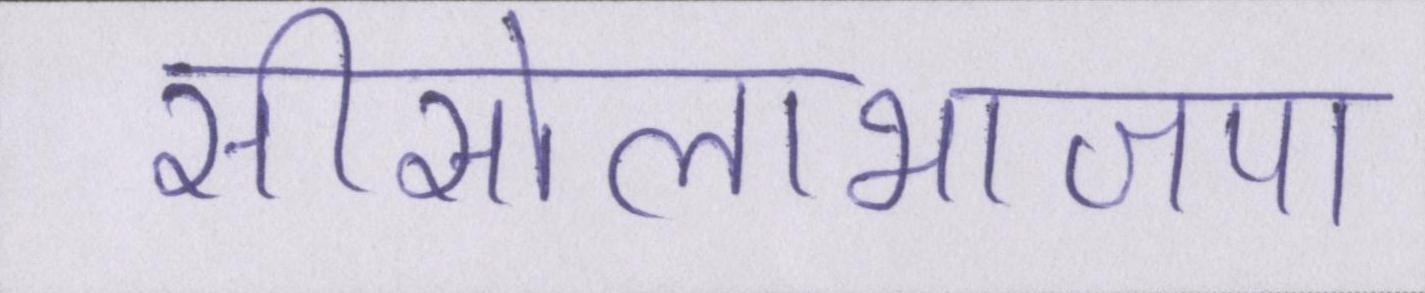
सीसोलाभाजपा